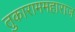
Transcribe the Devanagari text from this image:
तुकाराममहाराज